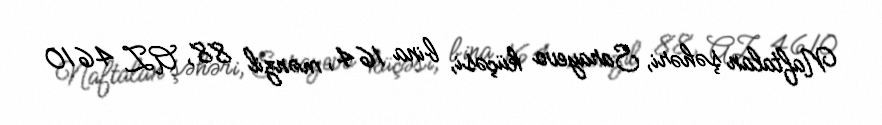
Naftalan şəhəri, Sarayevo küçəsi, bina 164, mənzil 88, AZ 4610